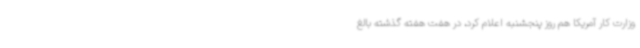
وزارت کار آمریکا هم روز پنجشنبه اعلام کرد، در هفت هفته گذشته بالغ